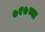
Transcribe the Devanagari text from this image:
७१७व्या